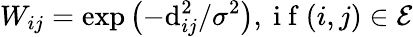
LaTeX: W_{ij}=\exp\left(-\mathrm{d}_{ij}^{2}/\sigma^{2}\right),\mathrm{~i~f~}(i,j)\in\mathcal{E}